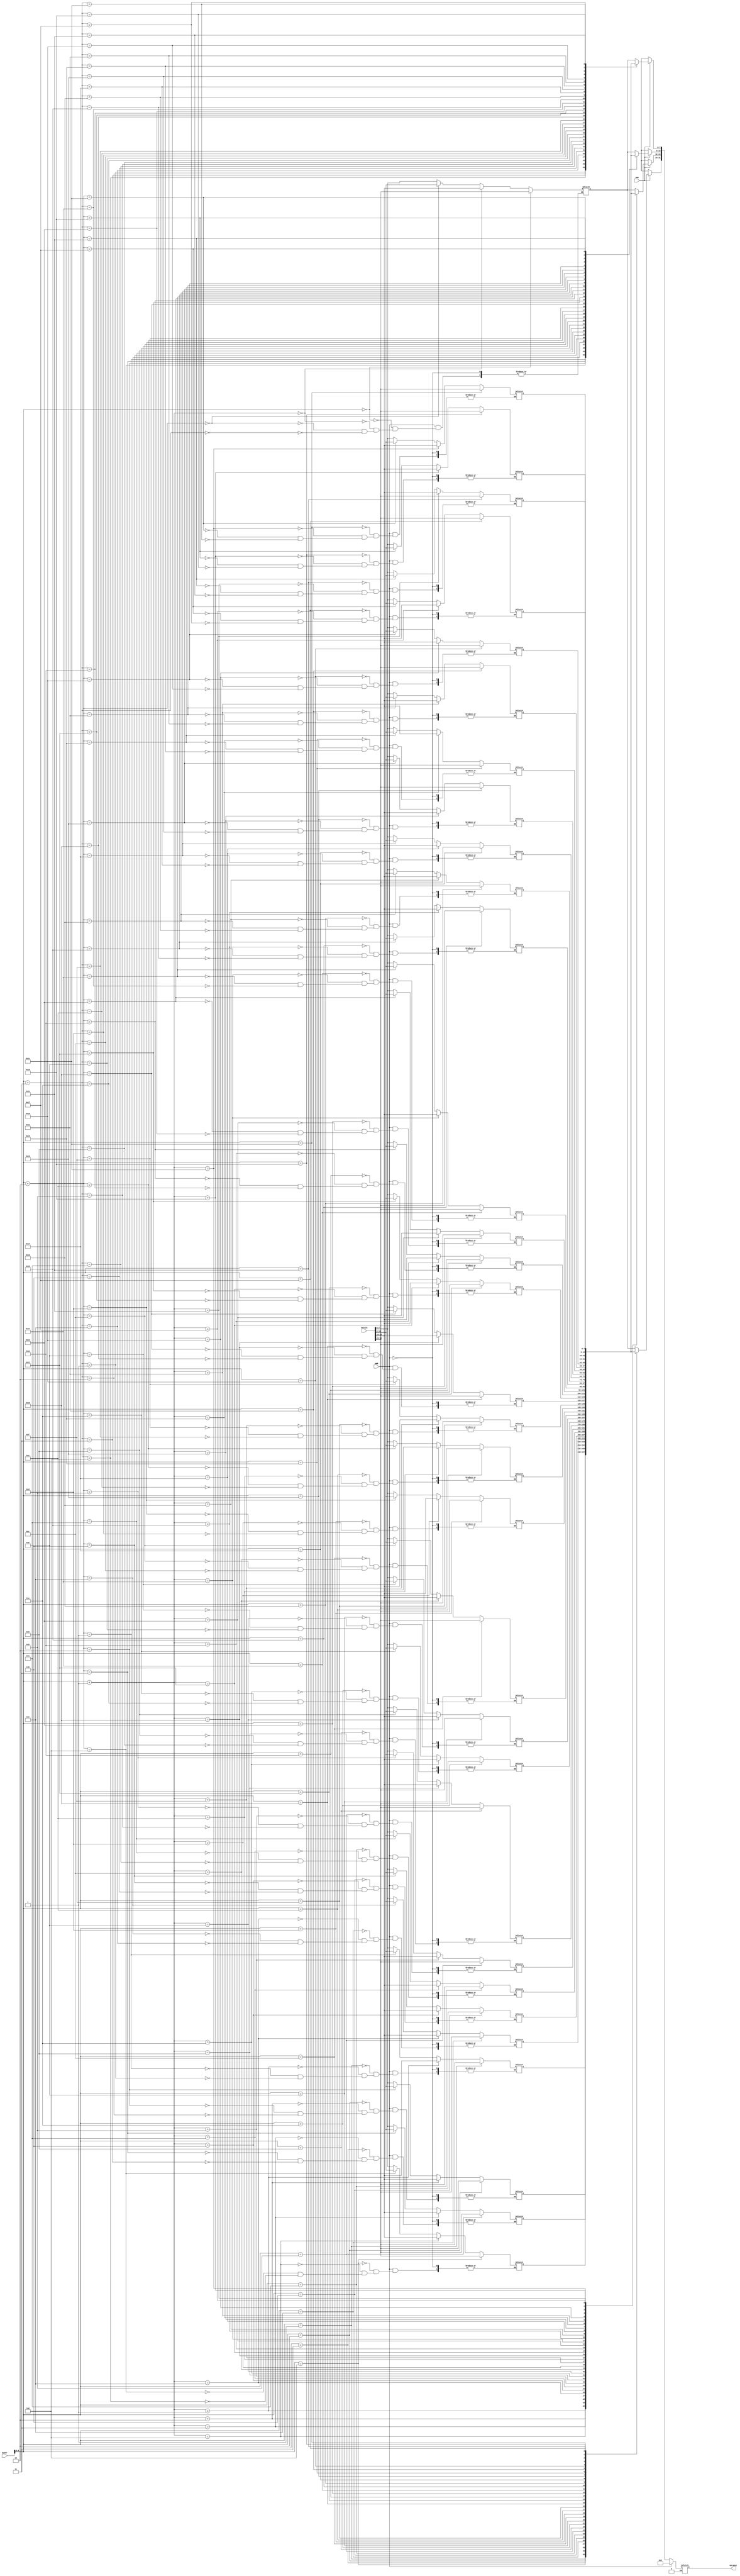
`timescale 1ns / 1ps

module DataRam(
    input [31:0] Daddr,
    input [31:0] DataIn,
    input mRD,//1
    input mWR,//1
    output reg [31:0] DataOut
    );
    reg [7:0] ram [0:31];
    integer i;
    initial begin
        DataOut<=0;
        for (i=0;i<=31;i=i+1) ram[i]<=0;
    end
    always@(*) begin
        if (mRD==1) begin
            DataOut[7:0]=ram[Daddr+3];//read
            DataOut[15:8]=ram[Daddr+2];
            DataOut[23:16]=ram[Daddr+1];
            DataOut[31:24]=ram[Daddr];
        end
        else if (mRD==0) begin
            DataOut[31:0]=32'bz;
        end
        if (mWR==1) begin//write
            ram[Daddr+3]<=DataIn[7:0];
            ram[Daddr+2]<=DataIn[15:8];
            ram[Daddr+1]<=DataIn[23:16];
            ram[Daddr]<=DataIn[31:24];
            DataOut<=0;
        end
    end
endmodule